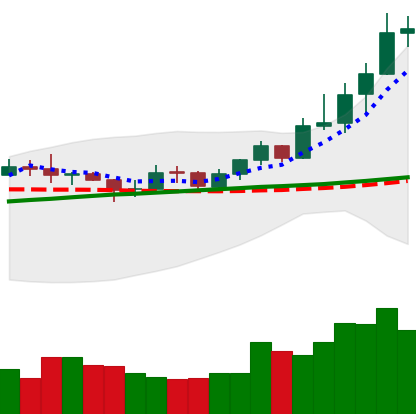
Ticker: XRP-USD
Chart end date: 2020-07-30
Forward return: 22.89%
Label: up_7plus